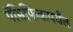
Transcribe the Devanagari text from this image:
पॅसिफिकपर्यंत